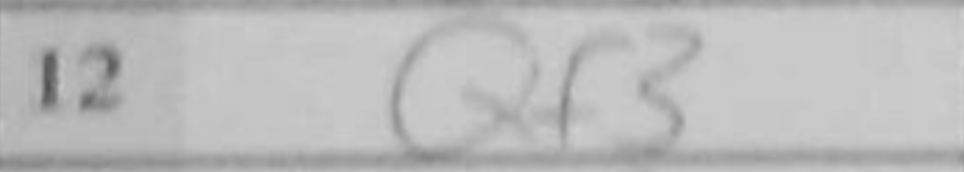
Transcription: Qf3